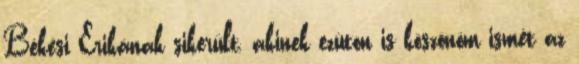
Békési Erikának sikerült, akinek ezúton is köszönöm ismét az